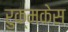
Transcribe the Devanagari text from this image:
रुक्मकेस